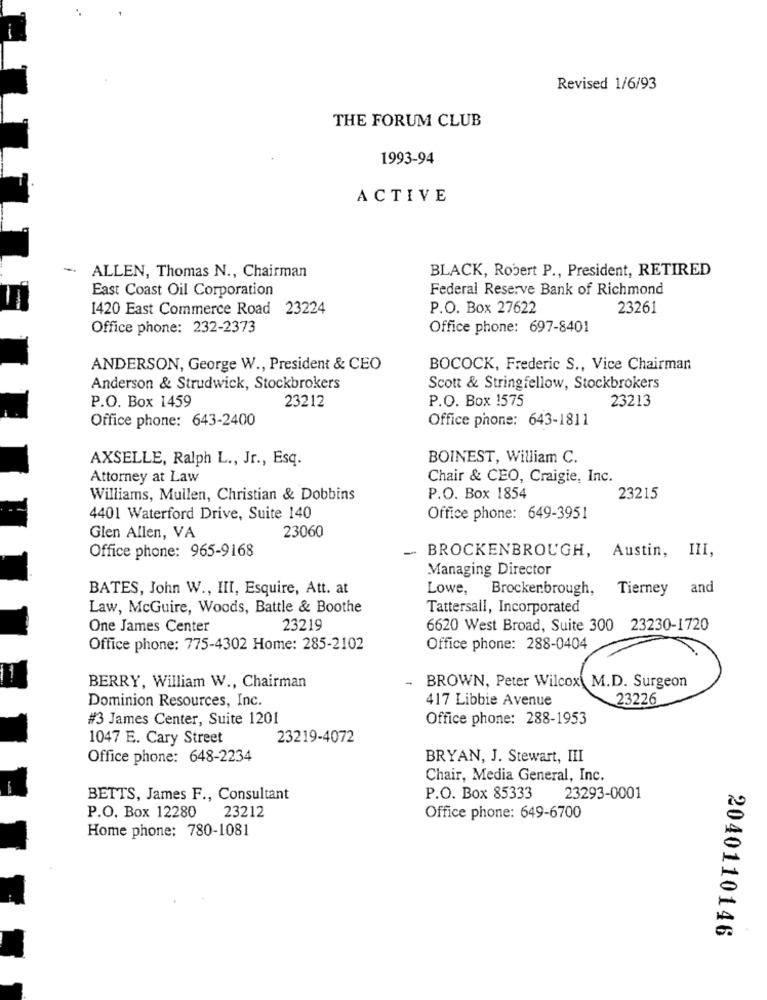
Revised 1/6/93
THE FORUM CLUB
1993-94
ACTIVE
-
BLACK, Robert P ., President, RETIRED
ALLEN, Thomas N ., Chairman
East Coast Oil Corporation
Federal Reserve Bank of Richmond
1420 East Commerce Road 23224
P.O. Box 27622
23261
Office phone: 232-2373
Office phone: 697-8401
ANDERSON, George W ., President & CEO
BOCOCK, Frederic S ., Vice Chairman
Anderson & Strudwick, Stockbrokers
Scott & Stringfellow, Stockbrokers
P.O. Box 1575
23213
P.O. Box 1459
23212
Office phone: 643-2400
Office phone: 643-1811
AXSELLE, Ralph L ., Jr ., Esq.
BOINEST, William C.
Attorney at Law
Chair & CEO, Craigie, Inc.
Williams, Mullen, Christian & Dobbins
P.O. Box 1854
23215
4401 Waterford Drive, Suite 140
Office phone: 649-3951
23060
Glen Allen, VA
Office phone: 965-9168
-
Austin, III,
BROCKENBROUGH,
Managing Director
BATES, John W ., III, Esquire, Att. at
Lowe,
Brockenbrough, Tierney and
Law, McGuire, Woods, Battle & Boothe
Tattersall, Incorporated
One James Center
23219
6620 West Broad, Suite 300 23230-1720
Office phone: 775-4302 Home: 285-2102
Office phone: 288-0404
BERRY, William W ., Chairman
BROWN, Peter Wilcox\ M.D. Surgeon
Dominion Resources, Inc.
417 Libbie Avenue
23226
#3 James Center, Suite 1201
Office phone: 288-1953
1047 E. Cary Street
23219-4072
Office phone: 648-2234
BRYAN, J. Stewart, III
Chair, Media General, Inc.
BETTS, James F ., Consultant
P.O. Box 85333 23293-0001
P.O. Box 12280 23212
Office phone: 649-6700
Home phone: 780-1081
2040110146